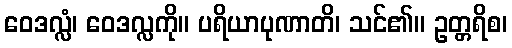
ဝေဒလ္လံ၊ ဝေဒလ္လကို။ ပရိယာပုဏာတိ၊ သင်၏။ ဥတ္တရိစ၊